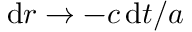
\mathrm { d } r \to - c \, \mathrm { d } t / a